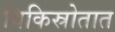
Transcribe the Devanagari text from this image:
विकिस्रोतात